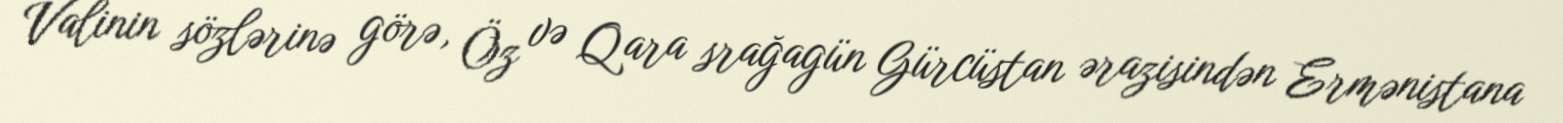
Valinin sözlərinə görə, Öz və Qara srağagün Gürcüstan ərazisindən Ermənistana